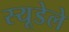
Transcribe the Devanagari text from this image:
स्यूडेले